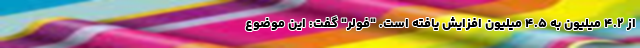
از ۴.۲ میلیون به ۴.۵ میلیون افزایش یافته است. "فولر" گفت: این موضوع